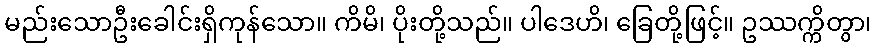
မည်းသောဦးခေါင်းရှိကုန်သော။ ကိမိ၊ ပိုးတို့သည်။ ပါဒေဟိ၊ ခြေတို့ဖြင့်။ ဥဿက္ကိတွာ၊